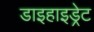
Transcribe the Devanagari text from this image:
डाइहाइड्रेट